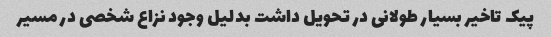
پیک تاخیر بسیار طولانی در تحویل داشت بدلیل وجود نزاع شخصی در مسیر